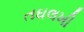
તઘલખી